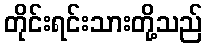
တိုင်းရင်းသားတို့သည်